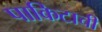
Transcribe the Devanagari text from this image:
पाकिटाची